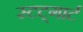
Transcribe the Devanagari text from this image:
स्टट्गार्ट